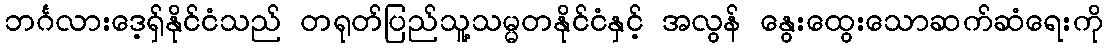
ဘင်္ဂလားဒေ့ရှ်နိုင်ငံသည် တရုတ်ပြည်သူ့သမ္မတနိုင်ငံနှင့် အလွန် နွေးထွေးသောဆက်ဆံရေးကို